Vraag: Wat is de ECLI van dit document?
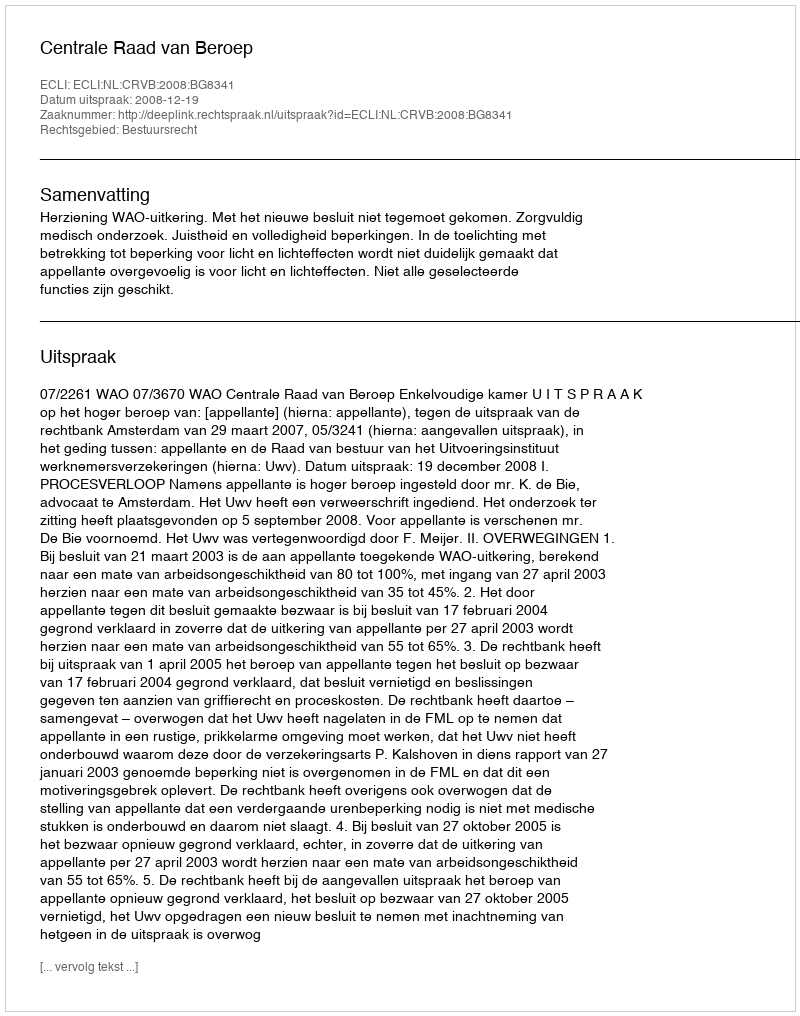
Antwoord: ECLI:NL:CRVB:2008:BG8341